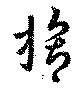
膂